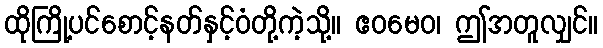
ထိုကြို့ပင်စောင့်နတ်နှင့်ဝံတို့ကဲ့သို့။ ဧဝမေဝ၊ ဤအတူလျှင်။